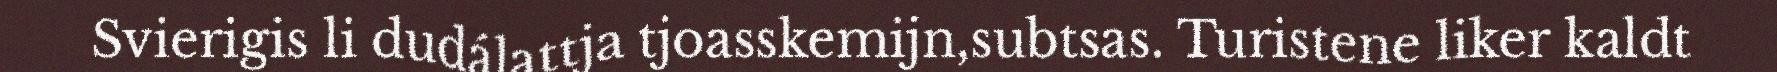
Svierigis li dudálattja tjoasskemijn,subtsas. Turistene liker kaldt